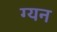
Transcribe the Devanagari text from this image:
ग्यन